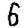
Digit: 5